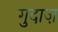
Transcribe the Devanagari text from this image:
गुदाज़